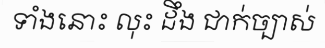
ទាំងនោះ លុះ ដឹង ជាក់ច្បាស់